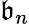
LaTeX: {\mathfrak{b}}_{n}